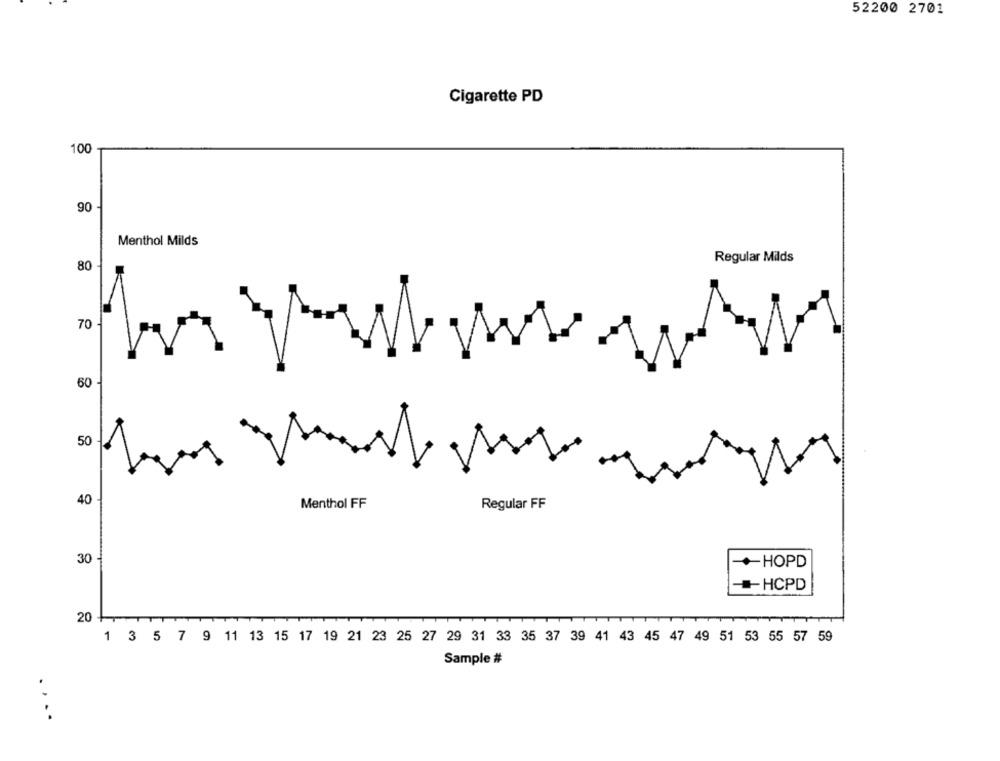
52200 2701
Cigarette PD
100
90
Menthol Milds
Regular Milds
80
K
70
60
50
40
Menthol FF
Regular FF
30 -
-HOPD
+HCPD
20
1 3 5 7 9 11 13 15 17 19 21 23 25 27 29 31 33 35 37 39 41 43 45 47 49 51 53 55 57 59
Sample #
. ...